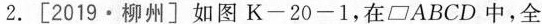
2.[2019·柳州] 如图K-20-1，在□ABCD中，全